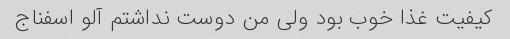
کیفیت غذا خوب بود ولی من دوست نداشتم آلو اسفناج